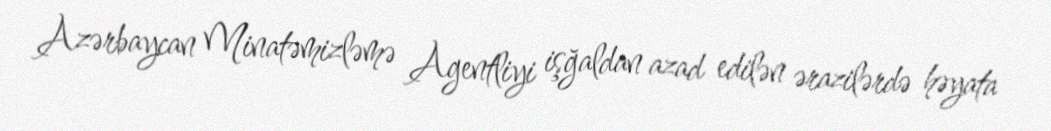
Azərbaycan Minatəmizləmə Agentliyi işğaldan azad edilən ərazilərdə həyata